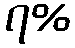
၇%